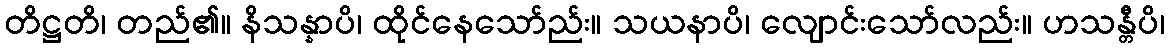
တိဋ္ဌတိ၊ တည်၏။ နိသန္နာပိ၊ ထိုင်နေသော်ည်း။ သယနာပိ၊ လျောင်းသော်လည်း။ ဟသန္တီပိ၊